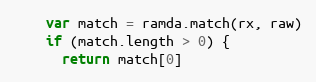
Language: JavaScript
    var match = ramda.match(rx, raw)
    if (match.length > 0) {
      return match[0]